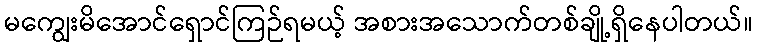
မကျွေးမိအောင်ရှောင်ကြဉ်ရမယ့် အစားအသောက်တစ်ချို့ရှိနေပါတယ်။